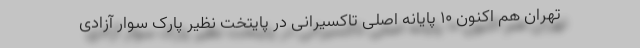
تهران هم اکنون 10 پایانه اصلی تاکسیرانی در پایتخت نظیر پارک سوار آزادی